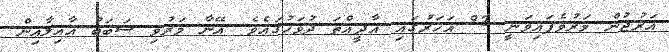
އަރުޖުން މަރުވެފައިވަނީ 92 އަހަރުގައި އާދީއްތަ ދުވަހުގައެވެ. އޭނާ މަރުވި ސަބަބު އާއިލާއިން